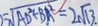
= \sqrt { A D ^ { 2 } + B A ^ { 2 } } = 2 \sqrt { 1 3 } \cdot